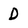
Character: D